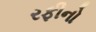
રફીનો